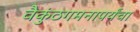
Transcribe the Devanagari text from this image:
वैकुंठगमनापर्यंचा